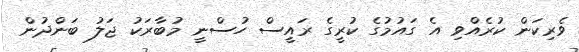
ވެރިކަން ކުރެއްވި އެ ގައުމުގެ ކުރީގެ ރައީސް ހުސްނީ މުބާރަކު ޖަލު ބަންދުން